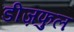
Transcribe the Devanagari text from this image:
डीज़फुल